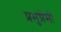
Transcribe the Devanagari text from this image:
प्रभुप्रेमी